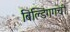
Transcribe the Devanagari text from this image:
बिल्डिंगगची